Report on lock hospitals in British Burma
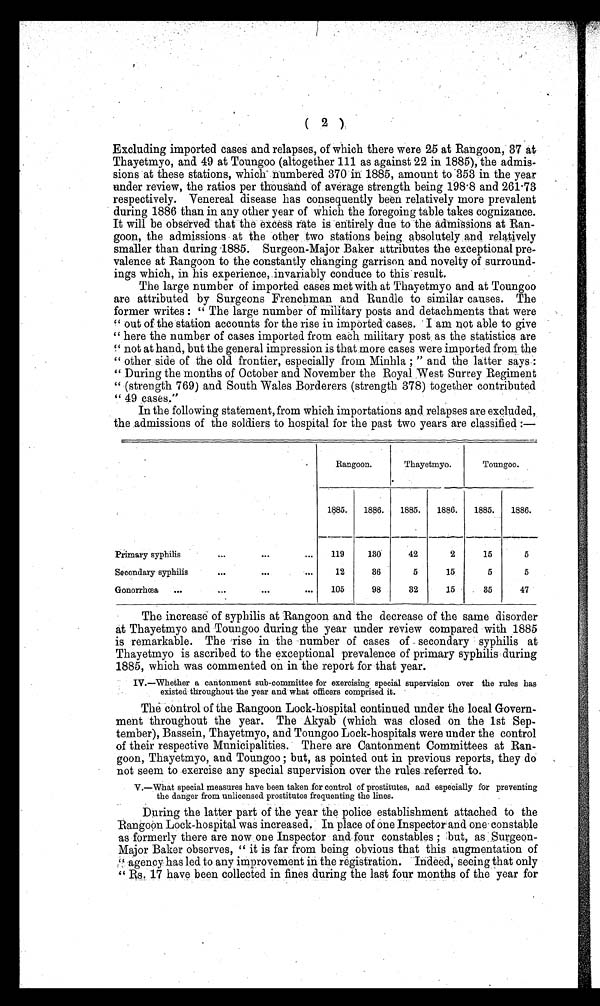
( 2 )
Excluding imported cases and relapses, of . which there were 25 at Rangoon, 37 at
Thayetmyo, and. 49 at Toungoo (altogether 111 as against 22 in 1885), the admis-
sions at these stations, which numbered 370 in 1885, amount to . 353 in the year
under review, the ratios per thousand of average strength being 198.8 and 261.73
respectively. Venereal disease has consequently been relatively more prevalent
during 1886 than in any other year of which the foregoing table takes cognizance.
It will be observed that the excess rate is entirely due to the admissions at Ran-
goon, the admissions at the other two stations being absolutely and relatively
smaller than during 1885. Surgeon-Major Baker attributes the exceptional pre-
valence at Rangoon to the constantly changing garrison and novelty of surround-
ings which, in his experience, invariably conduce to this result.
The large number of imported cases met with at Thayetmyo and at Toungoo
are attributed by Surgeons Frenchman and Rundle to similar causes. The
former writes : " The large number of military posts and detachments that were
" out of the station accounts for the rise in imported cases. I am not able to give
" here the number of cases imported from each military post as the statistics are
" not at hand, but the general impression is that more cases were imported from the
" other side of the old frontier, especially from Minhla ; " and the latter says
: ".During the months of October and November the Royal West Surrey Regiment
" (strength 769) and South Wales Borderers (strength 378) together contributed
" 49 cases."
In the following statement, from which importations and relapses are excluded,
the admissions of the soldiers to hospital for the past two years are classified :—
Rangoon.
Thayetmyo.
Toungoo.
1885. 1886. 1885. 1886. 1885. 1886.
Primary syphilis
...
...
... 119
130
42
2
15
5
Secondary syphilis
•••
•••
12
36
5
15
5
5
Gonorrhœa ...... 105
98
32
15
35
47
The increase of syphilis at Rangoon and the decrease of the same disorder
at Thayetmyo and Toungoo during the year under review compared with 1885
is remarkable. The rise in the number of cases of secondary syphilis at
Thayetmyo is ascribed. to the exceptional prevalence of primary syphilis during
1885, which was commented on in the report for that year.
IV.—Whether a cantonment sub-committee for exercising special supervision over the rules has
existed throughout the year and what officers comprised it.
The control of the Rangoon Lock-hospital continued under the local Govern-
ment throughout the year. The Akyab (which was closed on the 1st Sep-
tember), Bassein, Thayetmyo, and Toungoo Lock-hospitals were under the control
of their respective Municipalities. There are Cantonment Committees at Ran-
goon, Thayetmyo, and Toungoo ; but, as pointed out in previous reports, they do
not seem to .exercise any special supervision over the rules referred to.
V.—What special measures have been taken for control of prostitutes, and especially for preventing
the danger from unlicensed prostitutes frequenting the lines.
During the latter part of the year the police establishment attached to the
Rangoon Lock-hospital was increased. In place of one Inspector and one constable
as formerly there are now one Inspector and. four constables ; :but, as Surgeon-
Major Baker observes, " it is far from being obvious that this augmentation of
" agency has led to any improvement in the registration. Indeed, seeing that only
" Rs. 17 have been collected in fines during the last four months of the year for